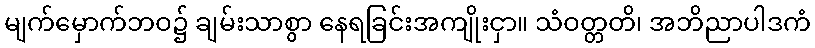
မျက်မှောက်ဘဝ၌ ချမ်းသာစွာ နေရခြင်းအကျိုးငှာ။ သံဝတ္တတိ၊ အဘိညာပါဒကံ